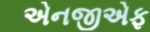
એનજીએફ